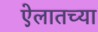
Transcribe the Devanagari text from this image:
ऐलातच्या